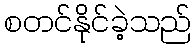
စတင်နိုင်ခဲ့သည်